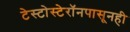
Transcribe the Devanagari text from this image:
टेस्टोस्टेरॉनपासूनही